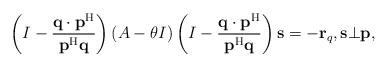
LaTeX: \begin{align*}\left(I-\frac{{\bf q}\cdot{\bf p}^{\rm H}}{{\bf p}^{\rm H}{\bf q}}\right)(A-\theta I)\left(I-\frac{{\bf q}\cdot{\bf p}^{\rm H}}{{\bf p}^{\rm H}{\bf q}}\right){\bf s}=-{\bf r}_q,{\bf s}\bot{\bf p},\end{align*}